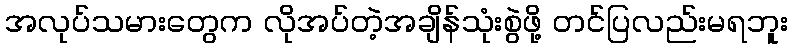
အလုပ်သမားတွေက လိုအပ်တဲ့အချိန်သုံးစွဲဖို့ တင်ပြလည်းမရဘူး